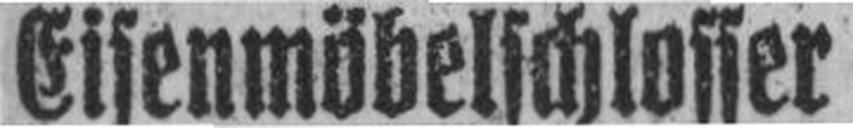
Eisenmöbelschlosser